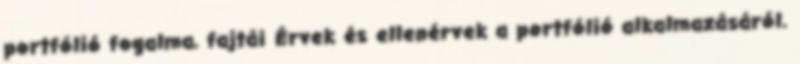
portfólió fogalma, fajtái Érvek és ellenérvek a portfólió alkalmazásáról.